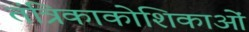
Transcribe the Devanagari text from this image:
तंत्रिकाकोशिकाओं